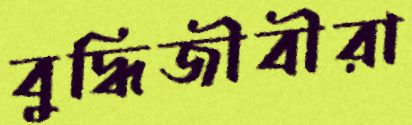
বুদ্ধিজীবীরা